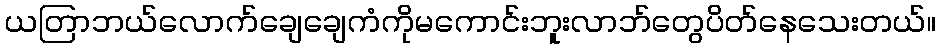
ယတြာဘယ်လောက်ချေချေကံကိုမကောင်းဘူးလာဘ်တွေပိတ်နေသေးတယ်။